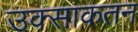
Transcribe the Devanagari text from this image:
उक्साकतन